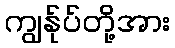
ကျွန်ုပ်တို့အား